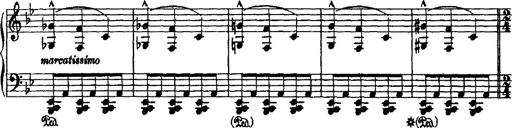
Title: Grande valse di bravura
Composer: Franz Liszt